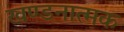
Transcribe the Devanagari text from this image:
खण्डनात्मक